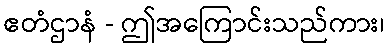
ဧတံဌာနံ - ဤအကြောင်းသည်ကား၊